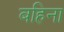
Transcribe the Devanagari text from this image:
बहिना